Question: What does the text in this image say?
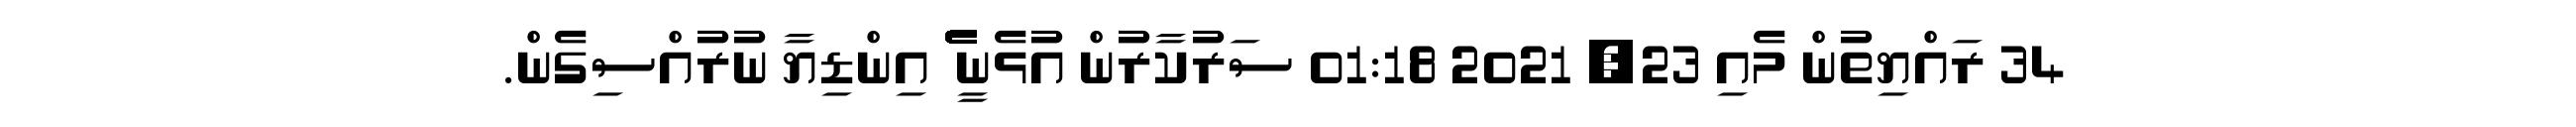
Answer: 34 ރައްޔިތުން މެއި 23, 2021 01:18 ސަރުކާރުން އުޅެނީ ެެެެެެެެެެެެެެެެެެެެެެެެެެެެެެެެެެެެެެެެެެެެެެެެެެެެެެެެެެެެެެެ އިންޑިޔާ ނުރުއްސިގެން.